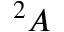
^ 2 A